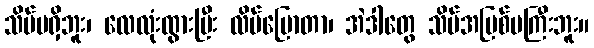
သိပ်မရှိဘူး၊ လေလုံးထွားပြီး လိမ်ပြောတာ၊ အဲဒါတွေ သိပ်အပြစ်မကြီးဘူး။